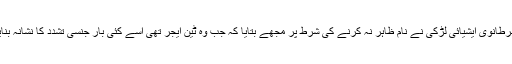
ایک برطانوی ایشیائی لڑکی نے نام ظاہر نہ کرنے کی شرط پر مجھے بتایا کہ جب وہ ٹین ایجر تھی اسے کئی بار جنسی تشدد کا نشانہ بنایا گیا۔